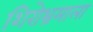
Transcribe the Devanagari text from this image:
शिरोभ्रमाला